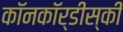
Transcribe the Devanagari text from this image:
कॉनकॉर्डीस्की